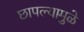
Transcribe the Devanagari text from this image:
छापल्यामुळे